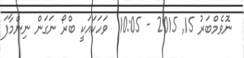
ނޮވެމްބަރު 15